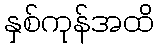
နှစ်ကုန်အထိ